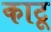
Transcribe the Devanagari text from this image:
काटू